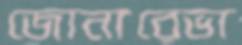
জোনারেভা